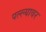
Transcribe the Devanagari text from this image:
पल्ल्यावर